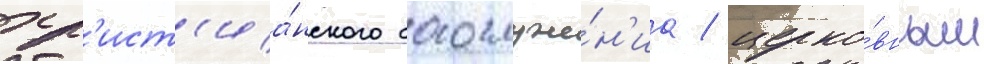
хр'ист'иа́нского богослуже́н'иа / церко́вным